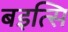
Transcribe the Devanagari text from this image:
बइत्सि